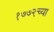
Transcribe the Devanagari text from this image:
१७७२च्या